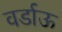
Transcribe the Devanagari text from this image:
वर्डाऊ